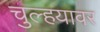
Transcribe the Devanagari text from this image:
चुल्हयावर